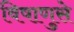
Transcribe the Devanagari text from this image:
विषाणुसे